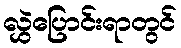
လွှဲပြောင်းရာတွင်